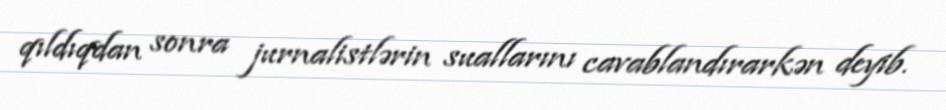
qıldıqdan sonra jurnalistlərin suallarını cavablandırarkən deyib.